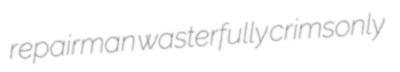
repairman wasterfully crimsonly